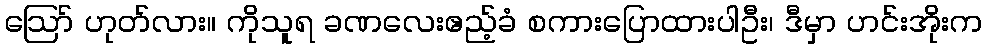
ဪ ဟုတ်လား။ ကိုသူရ ခဏလေးဧည့်ခံ စကားပြောထားပါဦး၊ ဒီမှာ ဟင်းအိုးက